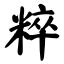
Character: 粹